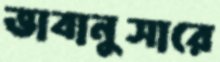
ভাবানুসারে